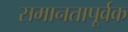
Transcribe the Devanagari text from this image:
समानतापूर्वक